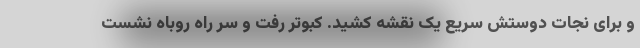
و برای نجات دوستش سریع یک نقشه کشید. کبوتر رفت و سر راه روباه نشست